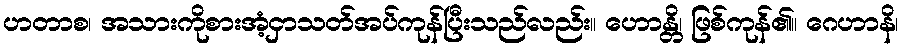
ဟတာစ၊ အသားကိုစားအံ့ငှာသတ်အပ်ကုန်ပြီးသည်လည်း။ ဟောန္တိ၊ ဖြစ်ကုန်၏။ ဂေဟာနိ၊